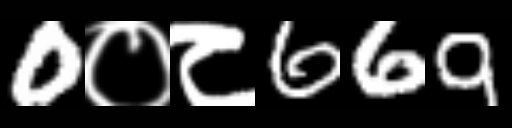
Text: 0०८669